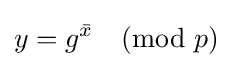
y=g^{\bar {x}}{\pmod {p}}